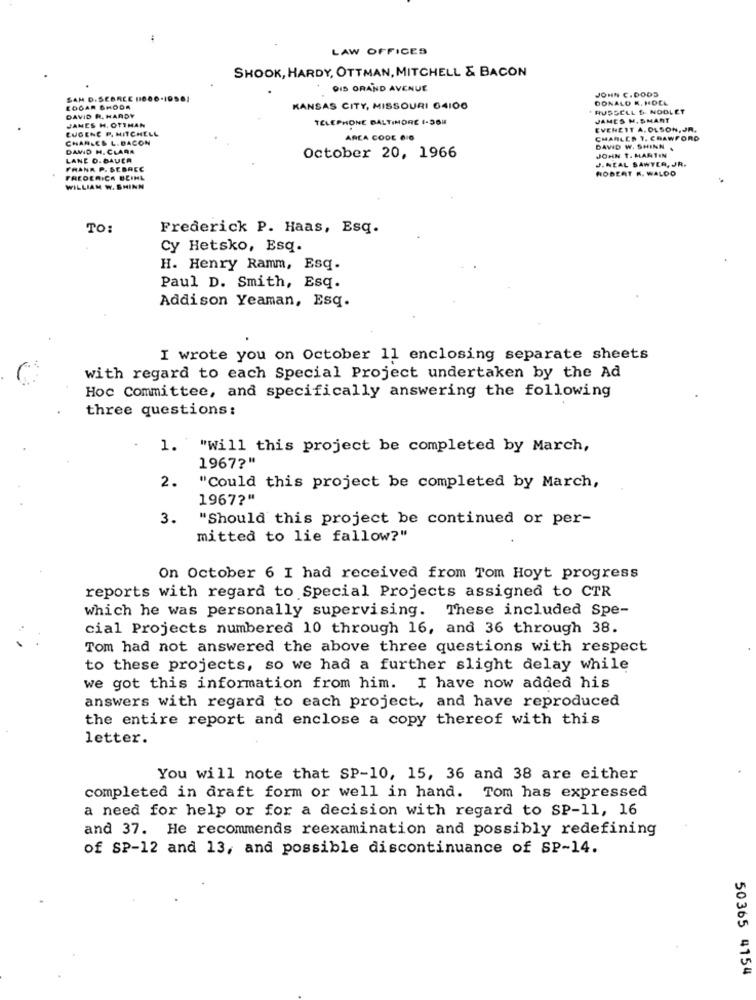
LAW OFFICES
SHOOK, HARDY, OTTMAN, MITCHELL & BACON
DIS GRAND AVENUE
JOHN C.DOOS
SAM D.SEBREE (1006.1
DONALD M. NDEL
EDGAR SHODA
KANSAS CITY, MISSOURI 64100
* RUSSELL $ NODLET
DAVID R. HARDY
JANES H. OTTMAN
TELEPHONE BALTIMORE 1-36H
JAMES M. SMART
EUGENE P. MITCHELL
EVENEIT A. OLSON, JR.
CHARLES L. DACON
AREA CODE 6 6
CHARLES 1. CRAWFORD
DAWID H. CLARA
DAWID W. SHINN .
JOHN T. MARTIN
LANE O. BAUER
October 20, 1966
J.NEAL SAWYER, JR.
FRANK P. SEBACC
ROBERT K. WALDO
FREDERICK BEINL
WILLIAM W. SHINN
TO:
Frederick P. Haas, Esq.
Cy Hetsko, Esq.
H. Henry Ramm, Esq.
Paul D. Smith, Esq.
Addison Yeaman, Esq.
I wrote you on October 11 enclosing separate sheets
with regard to each Special Project undertaken by the Ad
Hoc Committee, and specifically answering the following
three questions:
1. "Will this project be completed by March,
1967?"
2.
"Could this project be completed by March,
1967?"
3.
"Should this project be continued or per-
mitted to lie fallow?"
On October 6 I had received from Tom Hoyt progress
reports with regard to Special Projects assigned to CTR
which he was personally supervising. These included Spe-
cial Projects numbered 10 through 16, and 36 through 38.
Tom had not answered the above three questions with respect
to these projects, so we had a further slight delay while
we got this information from him. I have now added his
answers with regard to each project, and have reproduced
the entire report and enclose a copy thereof with this
letter.
You will note that SP-10, 15, 36 and 38 are either
completed in draft form or well in hand. Tom has expressed
a need for help or for a decision with regard to SP-11, 16
and 37. He recommends reexamination and possibly redefining
of SP-12 and 13, and possible discontinuance of SP-14.
50365 4154